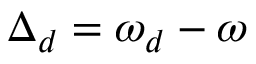
\Delta _ { d } = \omega _ { d } - \omega